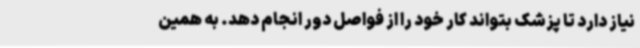
نیاز دارد تا پزشک بتواند کار خود را از فواصل دور انجام دهد. به همین